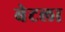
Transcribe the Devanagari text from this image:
बेटला